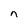
Character: n